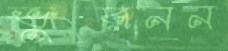
ভুরনন